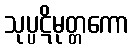
သုပ္ပဋိမုတ္တကော